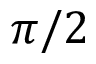
\pi / 2